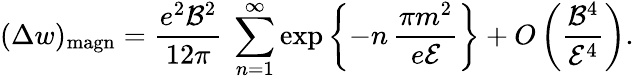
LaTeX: (\Delta w)_{\mathrm{magn}}=\frac{e^{2}{\cal B}^{2}}{12\pi}\ \sum_{n=1}^{\infty}\exp\left\{ -n\, \frac{\pi m^{2}}{e{\cal E}}\right\} +O\left(\frac{{\cal B}^{4}}{{\cal E}^{4}}\right).